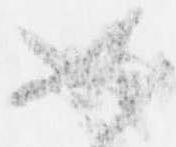
如